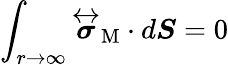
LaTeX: \int_{r\to\infty}\overleftrightarrow{\boldsymbol{\sigma}}_{\mathrm{M}}\cdot d\boldsymbol{S}=0